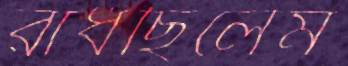
রাঁধছিলেম